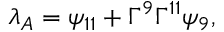
{ \lambda _ { A } = \psi _ { 1 1 } + \Gamma ^ { 9 } \Gamma ^ { 1 1 } \psi _ { 9 } , }